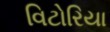
વિટોરિયા